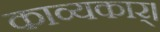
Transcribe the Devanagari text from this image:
काव्यकार्।